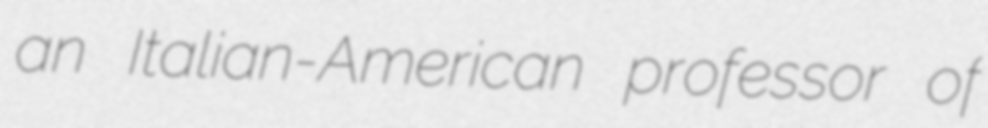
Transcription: an Italian-American professor of